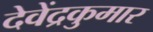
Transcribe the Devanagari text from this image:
देवेंद्रकुमार